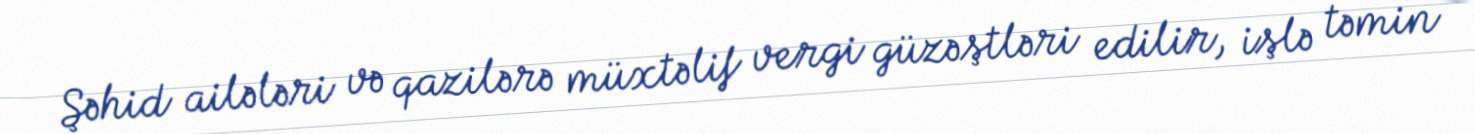
Şəhid ailələri və qazilərə müxtəlif vergi güzəştləri edilir, işlə təmin